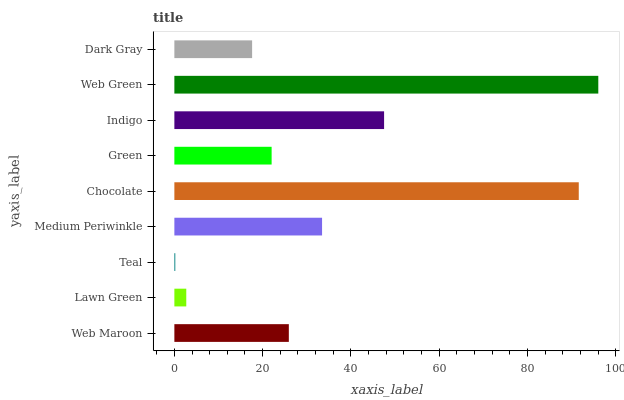
| yaxis_label | bars |
 | --- | --- |
 | Web Maroon | 25.9 |
 | Lawn Green | 2.7 |
 | Teal | 0.21 |
 | Medium Periwinkle | 33.5 |
 | Chocolate | 91.6 |
 | Green | 22 |
 | Indigo | 47.5 |
 | Web Green | 96.1 |
 | Dark Gray | 17.6 |